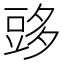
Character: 𧯨